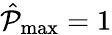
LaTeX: \hat{\mathcal{P}}_{\operatorname*{max}}=1